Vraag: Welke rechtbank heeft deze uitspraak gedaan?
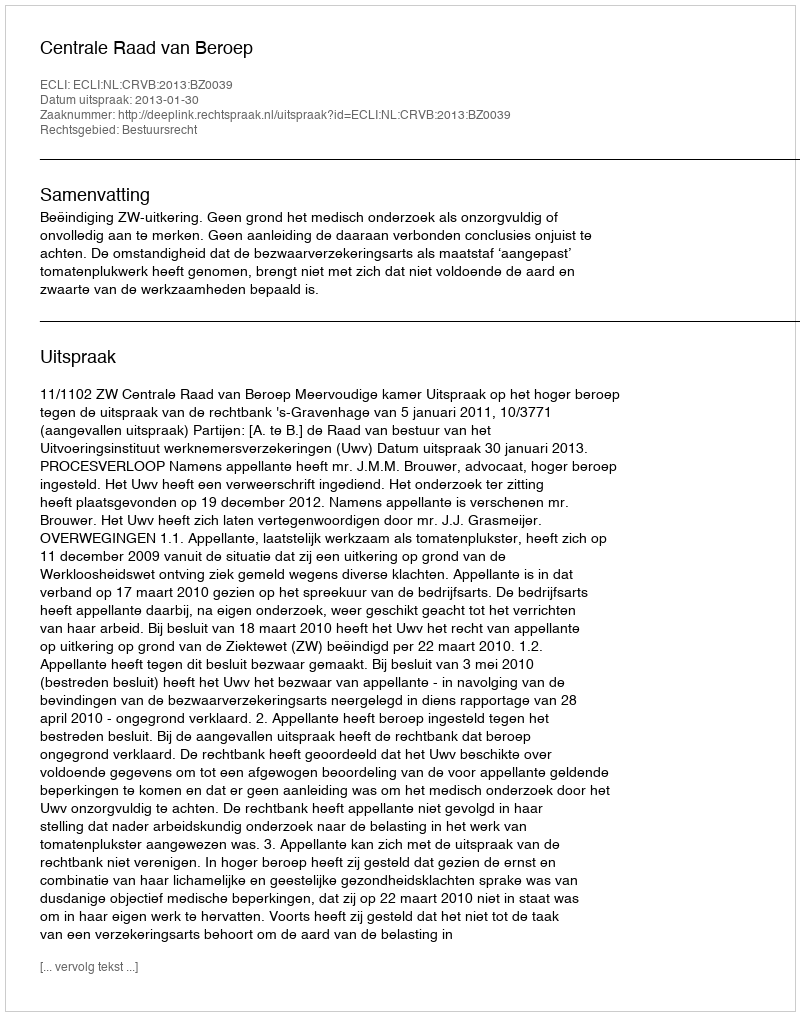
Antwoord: Centrale Raad van Beroep